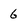
Character: 6